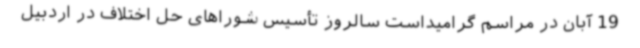
19 آبان در مراسم گرامیداست سالروز تأسیس شوراهای حل اختلاف در اردبیل